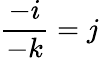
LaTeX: {\frac{-i}{-k}}=j